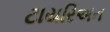
ટાયરિઅન